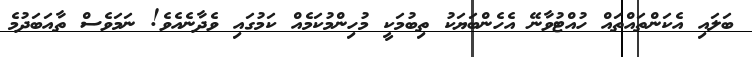
ބަލައި އެކަންތައްތައް ހުއްޓުވާނޭ އެހެންބަޔަކު ތިބުމަކީ މުހިންމުކަމެއް ކަމުގައި ވެދާނެއެވެ! ނަމަވެސް ތާއަބަދުމެ